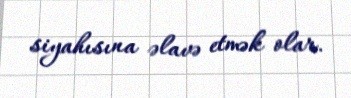
siyahısına əlavə etmək olar.